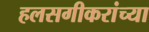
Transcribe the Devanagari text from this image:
हलसगीकरांच्या